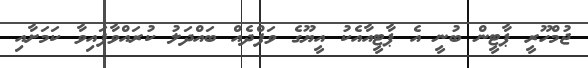
ޖުމްހޫރީ ޕާޓީން ބުނީ އެ ޕާޓީއާއެކު އީޔޫގެ ވަފްދެއް ބައްދަލު ކުރައްވާފައިވާ ކަމަށާއި